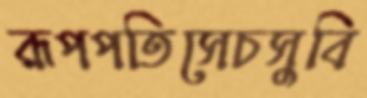
রূপপতিসেচসুবি